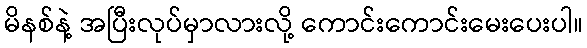
မိနစ်နဲ့ အပြီးလုပ်မှာလားလို့ ကောင်းကောင်းမေးပေးပါ။